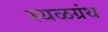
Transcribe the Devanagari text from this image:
स्थळग्रंथ